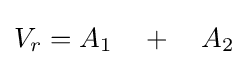
V_{r}=A_{1}\quad +\quad A_{2}